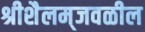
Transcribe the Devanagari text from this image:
श्रीशैलम्‌जवळील